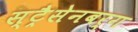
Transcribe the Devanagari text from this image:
स्ट्रैसेनबर्ग